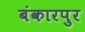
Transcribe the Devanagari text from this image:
बंकारपुर